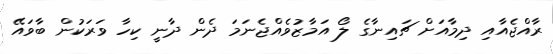
ރާއްޖެއާއި ދިމާއަށް ޗައިނާގެ ލޯ އަމާޒުވެއްޖެނަމަ ދެން ދާނީ ކިހާ ވަރަކުން ބާވައޭ